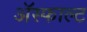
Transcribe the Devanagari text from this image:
ॲस्फाल्ट